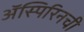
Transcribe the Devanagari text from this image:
ॲस्पिरिनची